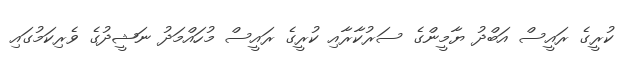
ކުރީގެ ރައީސް އަބްދު ޔާމީންގެ ސަރުކާރާއި ކުރީގެ ރައީސް މުހައްމަދު ނަޝީދުގެ ވެރިކަމުގައި